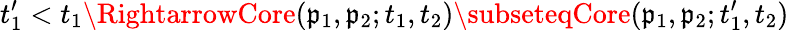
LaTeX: t_{1}^{\prime}<t_{1}\RightarrowCore(\mathfrak{p}_{1},\mathfrak{p}_{2};t_{1},t_{2})\subseteqCore(\mathfrak{p}_{1},\mathfrak{p}_{2};t_{1}^{\prime},t_{2})